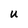
Character: U